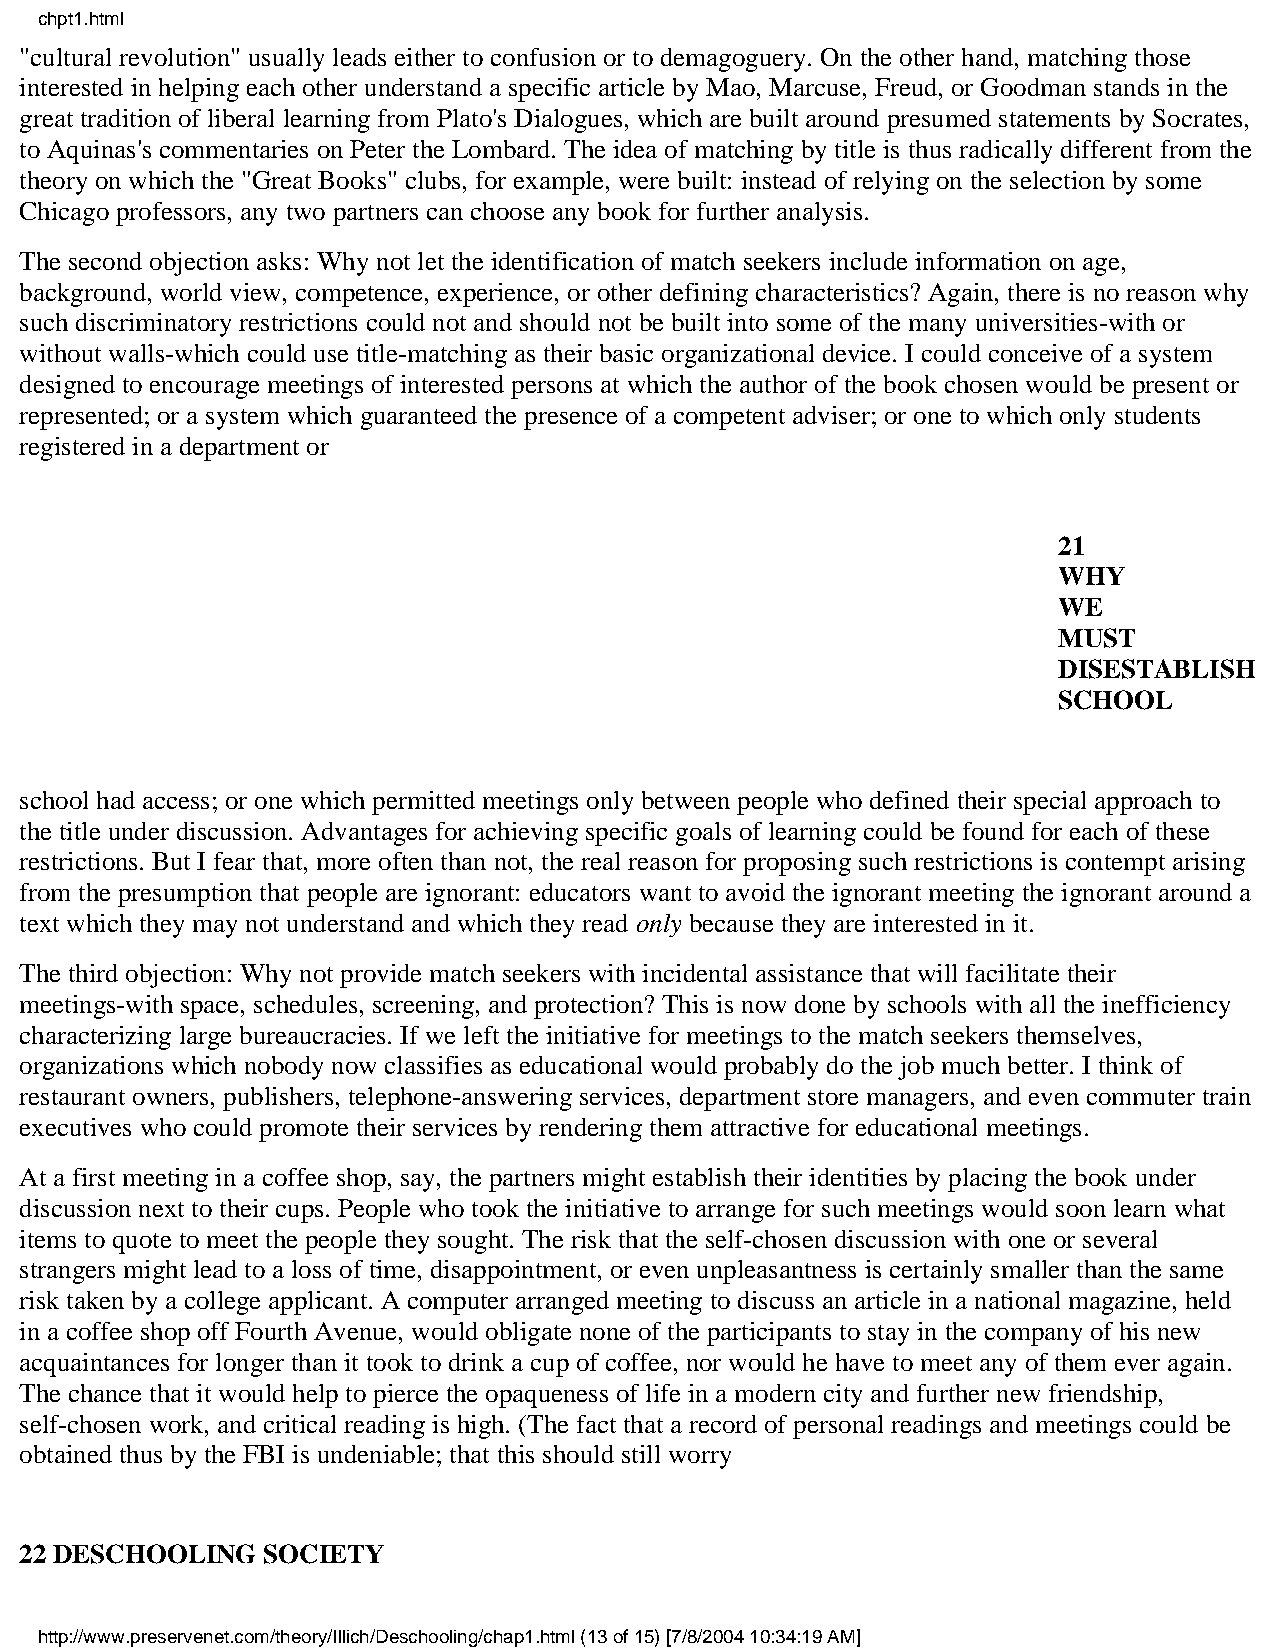
chpt1.html
 "cultural revolution" usually leads either to confusion or to demagoguery. On the other hand, matching those
 interested in helping each other understand a specific article by Mao, Marcuse, Freud, or Goodman stands in the
 great tradition of liberal learning from Plato's Dialogues, which are built around presumed statements by Socrates,
 to Aquinas's commentaries on Peter the Lombard. The idea of matching by title is thus radically different from the
 theory on which the "Great Books" clubs, for example, were built: instead of relying on the selection by some
 Chicago professors, any two partners can choose any book for further analysis.
 The second objection asks: Why not let the identification of match seekers include information on age,
 background, world view, competence, experience, or other defining characteristics? Again, there is no reason why
 such discriminatory restrictions could not and should not be built into some of the many universities-with or
 without walls-which could use title-matching as their basic organizational device. I could conceive of a system
 designed to encourage meetings of interested persons at which the author of the book chosen would be present or
 represented; or a system which guaranteed the presence of a competent adviser; or one to which only students
 registered in a department or
 21
 WHY
 WE
 MUST
 DISESTABLISH
 SCHOOL
 school had access; or one which permitted meetings only between people who defined their special approach to
 the title under discussion. Advantages for achieving specific goals of learning could be found for each of these
 restrictions. But I fear that, more often than not, the real reason for proposing such restrictions is contempt arising
 from the presumption that people are ignorant: educators want to avoid the ignorant meeting the ignorant around a
 text which they may not understand and which they read only because they are interested in it.
 The third objection: Why not provide match seekers with incidental assistance that will facilitate their
 meetings-with space, schedules, screening, and protection? This is now done by schools with all the inefficiency
 characterizing large bureaucracies. If we left the initiative for meetings to the match seekers themselves,
 organizations which nobody now classifies as educational would probably do the job much better. I think of
 restaurant owners, publishers, telephone-answering services, department store managers, and even commuter train
 executives who could promote their services by rendering them attractive for educational meetings.
 At a first meeting in a coffee shop, say, the partners might establish their identities by placing the book under
 discussion next to their cups. People who took the initiative to arrange for such meetings would soon learn what
 items to quote to meet the people they sought. The risk that the self-chosen discussion with one or several
 strangers might lead to a loss of time, disappointment, or even unpleasantness is certainly smaller than the same
 risk taken by a college applicant. A computer arranged meeting to discuss an article in a national magazine, held
 in a coffee shop off Fourth Avenue, would obligate none of the participants to stay in the company of his new
 acquaintances for longer than it took to drink a cup of coffee, nor would he have to meet any of them ever again.
 The chance that it would help to pierce the opaqueness of life in a modern city and further new friendship,
 self-chosen work, and critical reading is high. (The fact that a record of personal readings and meetings could be
 obtained thus by the FBI is undeniable; that this should still worry
 22 DESCHOOLING  SOCIETY
 http://www.preservenet.com/theory/Illich/Deschooling/chap1.html (13 of 15) [7/8/2004 10:34:19 AM]